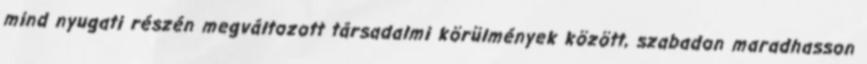
mind nyugati részén megváltozott társadalmi körülmények között, szabadon maradhasson